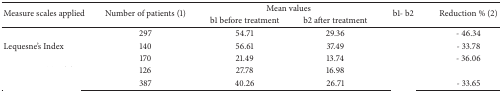
<table><thead><tr><td rowspan="2"><b>Measure scales applied</b></td><td rowspan="2"><b>Number of patients (1)</b></td><td colspan="2"><b>Mean values</b></td><td rowspan="2"><b>b1- b2</b></td><td rowspan="2"><b>Reduction % (2)</b></td></tr><tr><td><b>b1 before treatment</b></td><td><b>b2 after treatment</b></td></tr></thead><tbody><tr><td>[EMPTY_CELL]</td><td>297</td><td>54.71</td><td>29.36</td><td>[EMPTY_CELL]</td><td>- 46.34</td></tr><tr><td>Lequesne's Index</td><td>140</td><td>56.61</td><td>37.49</td><td>[EMPTY_CELL]</td><td>- 33.78</td></tr><tr><td>[EMPTY_CELL]</td><td>170</td><td>21.49</td><td>13.74</td><td>[EMPTY_CELL]</td><td>- 36.06</td></tr><tr><td>[EMPTY_CELL]</td><td>126</td><td>27.78</td><td>16.98</td><td>[EMPTY_CELL]</td><td>[EMPTY_CELL]</td></tr><tr><td>[EMPTY_CELL]</td><td>387</td><td>40.26</td><td>26.71</td><td>[EMPTY_CELL]</td><td>- 33.65</td></tr></tbody></table>